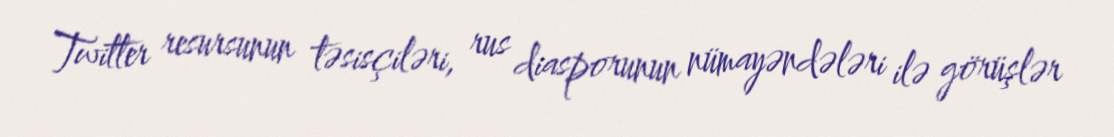
Twitter resursunun təsisçiləri, rus diasporunun nümayəndələri ilə görüşlər